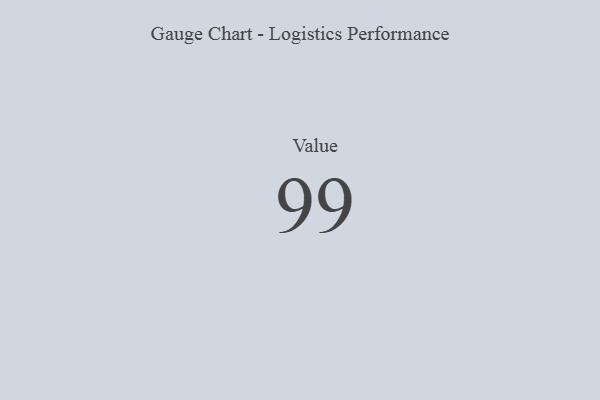
{"axis": {"x": "Metric", "y": "Value"}, "legend": [""], "data": [{"x": "Value", "y": 99, "type": ""}]}